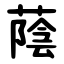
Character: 蔭